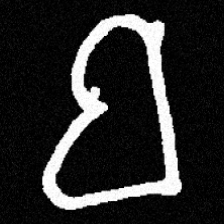
Pyu character \u2014 Myanmar letter: ဗ (romanized: ba)